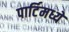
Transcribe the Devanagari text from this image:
पार्टिमध्ये